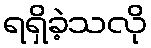
ရရှိခဲ့သလို